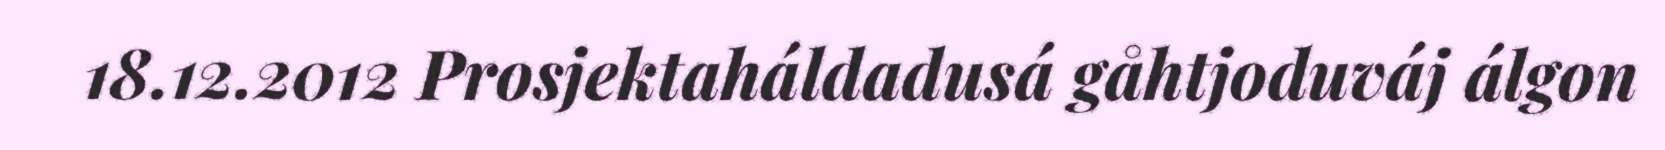
18.12.2012 Prosjektaháldadusá gåhtjoduváj álgon